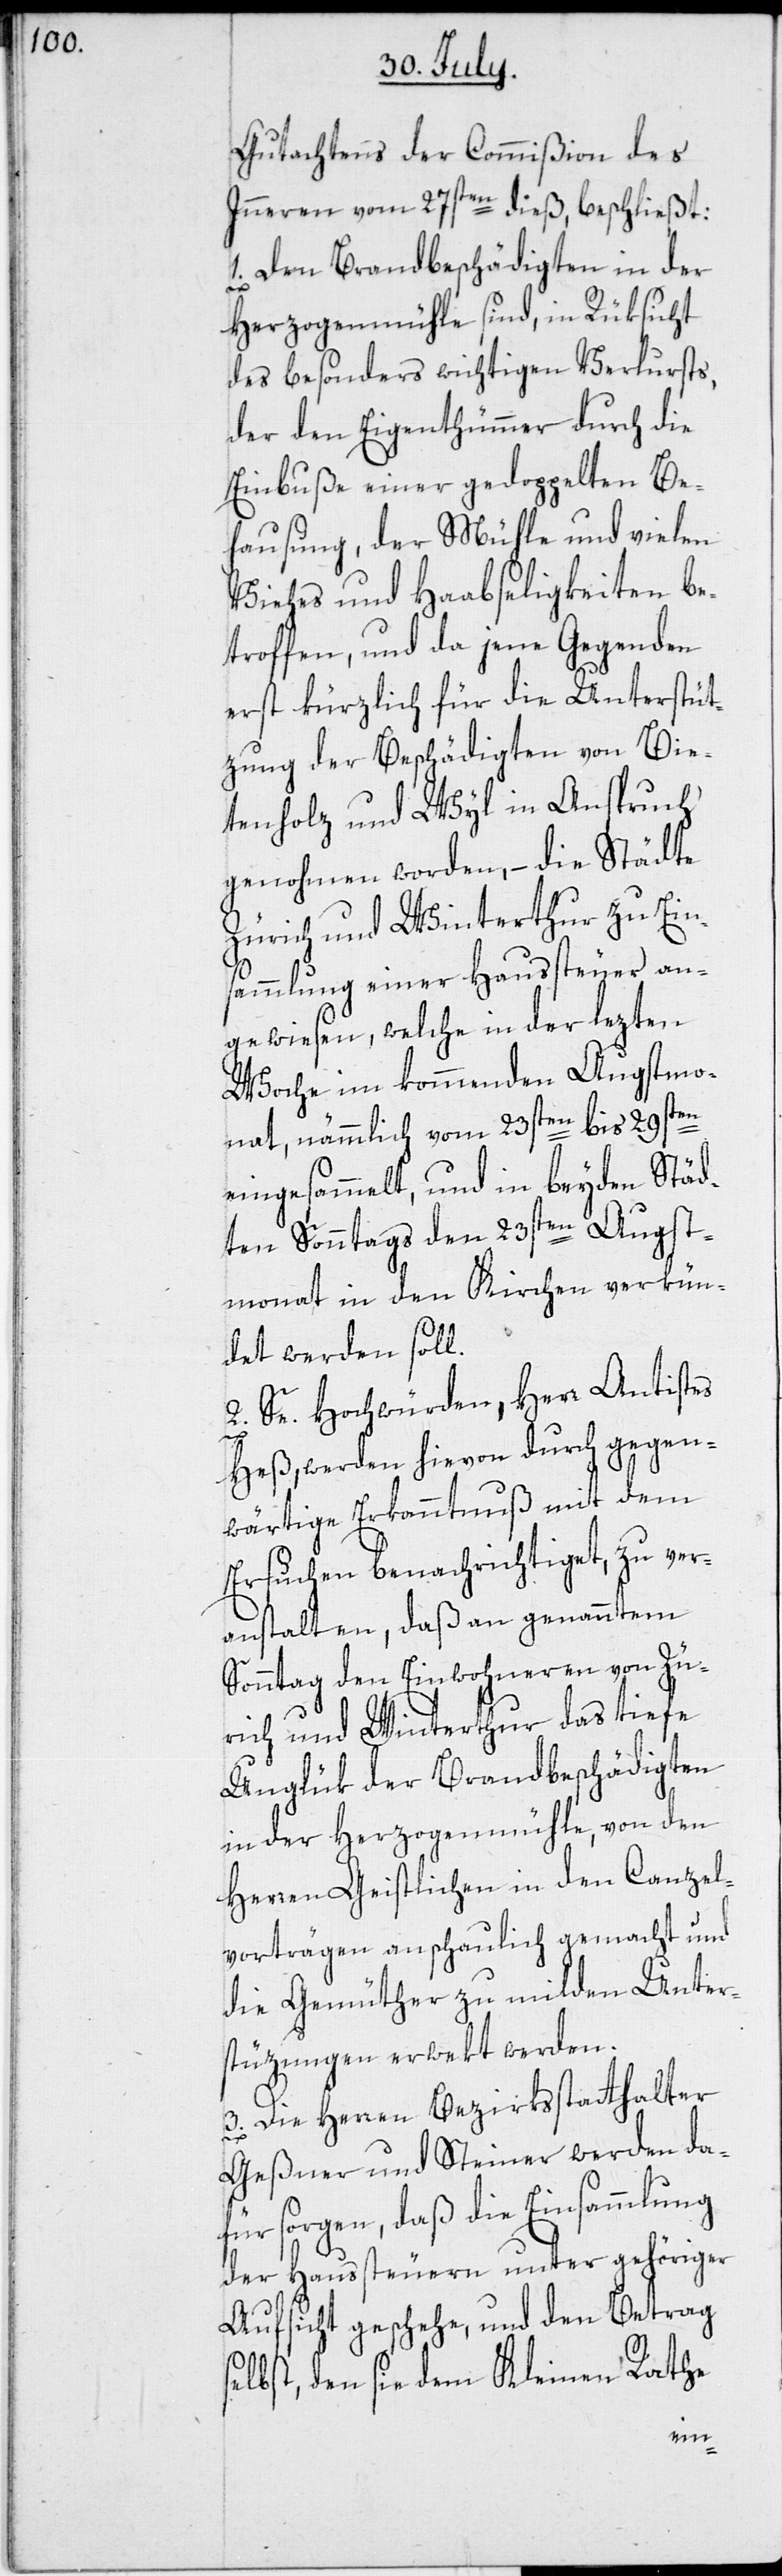
Gutachtens der Commißion des
Inneren vom 27sten dieß, beschließt:
1. Den Brandbeschädigten in der
Herzogenmühle sind, in Rüksicht
des besonders wichtigen Verlursts,
der den Eigenthümmer durch die
Einbuße einer gedoppelten Be¬
hausung, der Mühle und vielen
Viehes und Haabseligkeiten be¬
troffen, und da jene Gegenden
erst kürzlich für die Unterstüt¬
zung der Beschädigten von Bie¬
tenholz und Wyl in Anspruch
genohmen worden, – die Städte
Zürich und Winterthur zu Ein¬
sammlung einer Haussteuer an¬
gewiesen, welche in der lezten
Woche im kommenden Augstmo¬
nat, nämmlich vom 23sten bis 29sten
eingesammelt, und in beyden Städ¬
ten Sonntags den 23sten Augst¬
monat in den Kirchen verkün¬
det werden soll.
2. Se. Hochwürden, Herr Antistes
Heß, werden hievon durch gegen¬
wärtige Erkanntnuß mit dem
Ersuchen benachrichtiget, zu ver¬
anstalten, daß an genanntem
Sonntag den Einwohneren von Zü¬
rich und Winterthur das tiefe
Unglük der Brandbeschädigten
in der Herzogenmühle, von den
Herren Geistlichen in den Canzel¬
vorträgen anschaulich gemacht und
die Gemüther zu milden Unter¬
stüzungen erwekt werden.
3. Die Herren Bezirksstatthalter
Geßner und Steiner werden da¬
für sorgen, daß die Einsammlung
der Haussteuern unter gehöriger
Aufsicht geschehe, und den Betrag s¬
elbst, den sie dem Kleinen Rathe